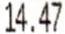
14.47